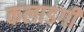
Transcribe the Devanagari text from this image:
कलाडगी